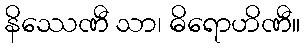
နိဿေဏီ သာ၊ ဓိရောဟိဏီ။